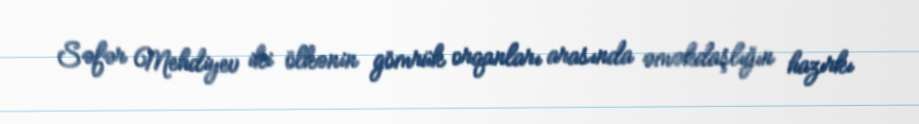
Səfər Mehdiyev iki ölkənin gömrük orqanları arasında əməkdaşlığın hazırkı